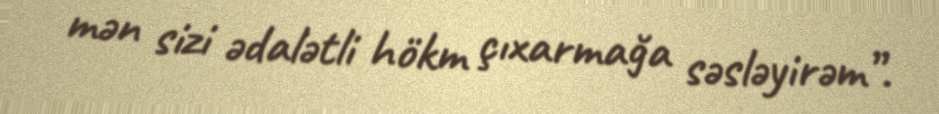
mən sizi ədalətli hökm çıxarmağa səsləyirəm”.